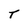
Character: T